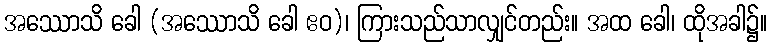
အဿောသိ ခေါ (အဿောသိ ခေါ ဧဝ)၊ ကြားသည်သာလျှင်တည်း။ အထ ခေါ၊ ထိုအခါ၌။